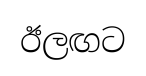
ඊලඟට